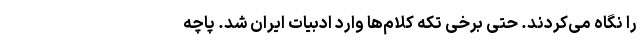
را نگاه می‌کردند. حتی برخی تکه کلام‌ها وارد ادبیات ایران شد. پاچه